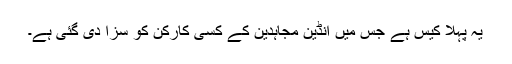
یہ پہلا کیس ہے جس میں انڈین مجاہدین کے کسی کارکن کو سزا دی گئی ہے۔